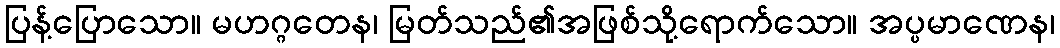
ပြန့်ပြောသော။ မဟဂ္ဂတေန၊ မြတ်သည်၏အဖြစ်သို့ရောက်သော။ အပ္ပမာဏေန၊